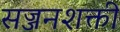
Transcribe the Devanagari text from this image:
सज्जनशक्ती